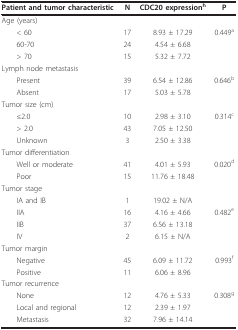
| Patient and tumor characteristic | N | CDC20 expressionh | P |
 | --- | --- | --- | --- |
 | Age (years) |  |  |  |
 | < 60 | 17 | 8.93 ± 17.29 | 0.449a |
 | 60-70 | 24 | 4.54 ± 6.68 |  |
 | > 70 | 15 | 5.32 ± 7.72 |  |
 | Lymph node metastasis |  |  |  |
 | Present | 39 | 6.54 ± 12.86 | 0.646b |
 | Absent | 17 | 5.03 ± 5.78 |  |
 | Tumor size (cm) |  |  |  |
 | ≤2.0 | 10 | 2.98 ± 3.10 | 0.314c |
 | > 2.0 | 43 | 7.05 ± 12.50 |  |
 | Unknown | 3 | 2.50 ± 3.38 |  |
 | Tumor differentiation |  |  |  |
 | Well or moderate | 41 | 4.01 ± 5.93 | 0.020d |
 | Poor | 15 | 11.76 ± 18.48 |  |
 | Tumor stage |  |  |  |
 | IA and IB | 1 | 19.02 ± N/A |  |
 | IIA | 16 | 4.16 ± 4.66 | 0.482e |
 | IIB | 37 | 6.56 ± 13.18 |  |
 | IV | 2 | 6.15 ± N/A |  |
 | Tumor margin |  |  |  |
 | Negative | 45 | 6.09 ± 11.72 | 0.993f |
 | Positive | 11 | 6.06 ± 8.96 |  |
 | Tumor recurrence |  |  |  |
 | None | 12 | 4.76 ± 5.33 | 0.308g |
 | Local and regional | 12 | 2.39 ± 1.97 |  |
 | Metastasis | 32 | 7.96 ± 14.14 |  |